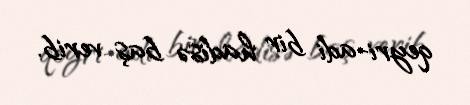
qeyri-adi bir hadisə baş verib.